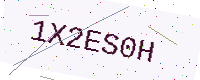
Text: 1X2ES0H